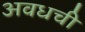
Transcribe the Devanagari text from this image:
अवधची